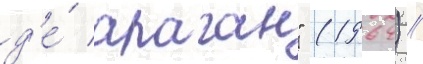
д'е́ араган" (1964) //